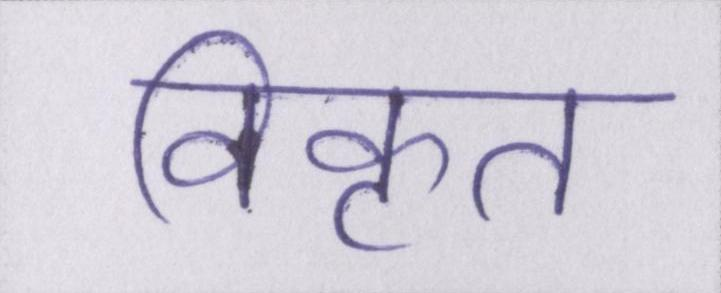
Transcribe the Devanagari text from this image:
विकृत